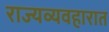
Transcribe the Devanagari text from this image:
राज्यव्यवहारात